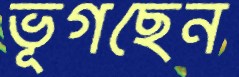
ভূগছেন